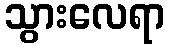
သွားလေရာ